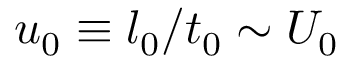
u _ { 0 } \equiv l _ { 0 } / t _ { 0 } \sim U _ { 0 }